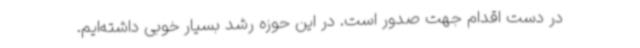
در دست اقدام جهت صدور است. در این حوزه رشد بسیار خوبی داشته‌ایم.